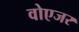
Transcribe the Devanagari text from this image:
वोएजर